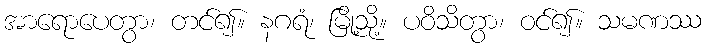
အာရောပေတွာ၊ တင်၍။ နဂရံ၊ မြို့သို့။ ပဝိသိတွာ၊ ဝင်၍။ သမဏဿ